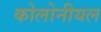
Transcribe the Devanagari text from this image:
कोलोनीयल